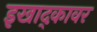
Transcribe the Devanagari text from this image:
इखाद्कावर